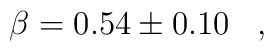
\beta=0.54 \pm 0.10\,\,\,\,\,,\,\,\,\,\,